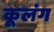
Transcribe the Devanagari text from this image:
कूलंग